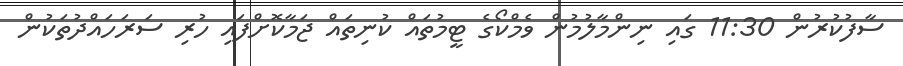
ސާފުކުރުން 11:30 ގައި ނިންމާލުމުން ވެމްކޯގެ ޓީމުތައް ކުނިތައް ޖަމާކޮށްފައި ހުރި ސަރަހައްދުތަކުން